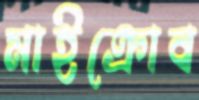
মাইক্রোব